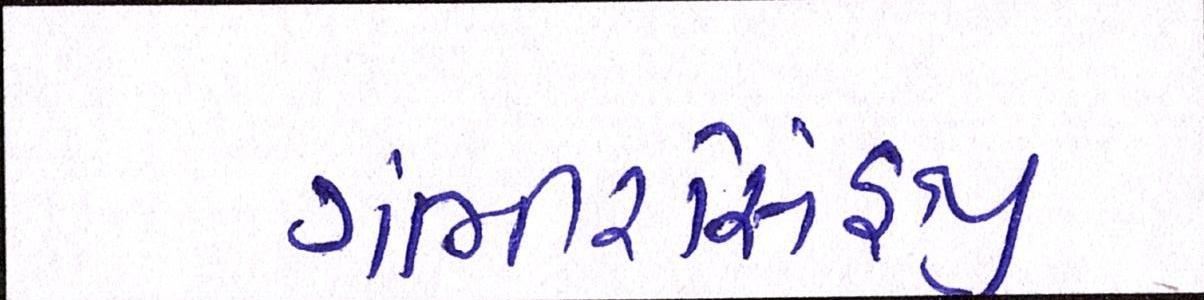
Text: ગંભીરસિંહજી